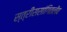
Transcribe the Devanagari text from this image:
स्त्रीससांगितलेंव